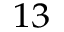
^ { 1 3 }